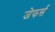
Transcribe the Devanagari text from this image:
जेफर्स